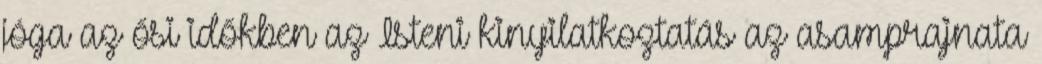
jóga az ősi időkben az Isteni kinyilatkoztatás az asamprajnata